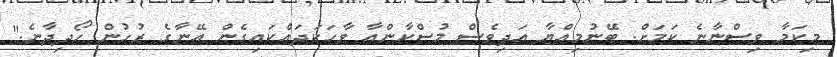
މިކަމާ ވިސްނާނެ ކަމަށް. ބޭނުމިއްޔާ އަދިވެސް މުސްކާންއާ ވާހަކަދައްކައިގެން އޭނާގެ ރުހުން ހޯދިދާނެ."